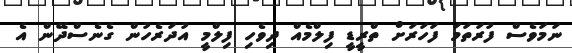
ނަމަވެސް ފުރަތަމަ ފަހަރަށް ތްރީޑީ ފިލްމެއް ދިވެހި ފިލްމީ އުދަރެހުން ގެނެސްދޭން އެ